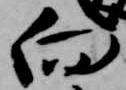
向